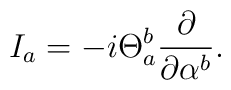
I_a = - i \Theta_a^b \frac{\partial}{\partial \alpha^b} .